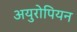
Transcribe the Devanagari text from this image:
अयुरोपियन